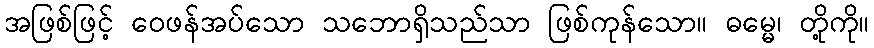
အဖြစ်ဖြင့် ဝေဖန်အပ်သော သဘောရှိသည်သာ ဖြစ်ကုန်သော။ ဓမ္မေ၊ တို့ကို။